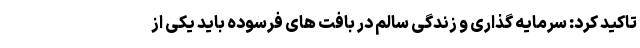
تاکید کرد: سرمایه گذاری و زندگی سالم در بافت های فرسوده باید یکی از